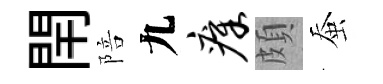
閈陪九瘴頗蚕